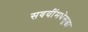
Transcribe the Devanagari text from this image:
सवयींमधेसुद्धा